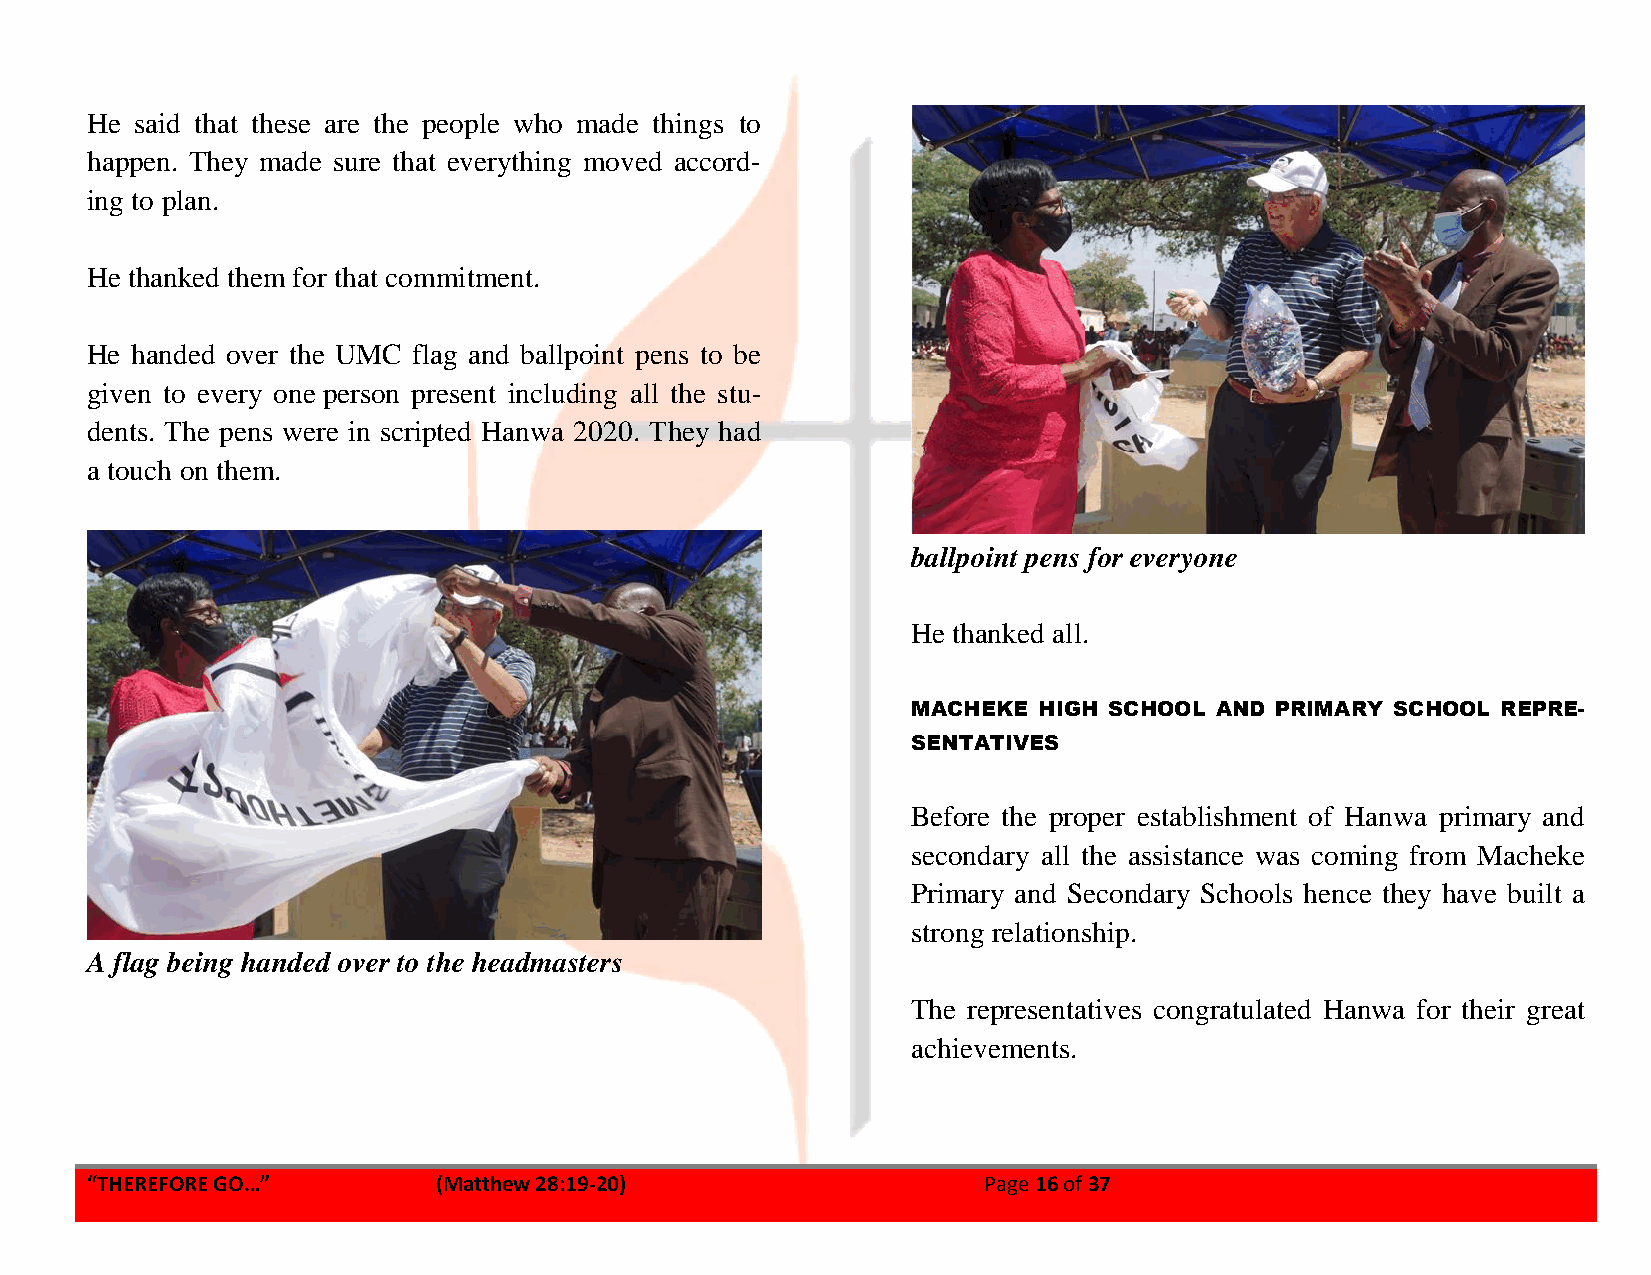
He said that these are the people who made things to
 happen. They made sure that everything moved accord-
 ing to plan.
 He thanked them for that commitment.
 He handed over the UMC flag and ballpoint pens to be
 given to every one person present including all the stu-
 dents. The pens were in scripted Hanwa 2020. They had
 a touch on them.
 ballpoint pens for everyone
 He thanked all.
 MACHEKE  HIGH SCHOOL AND PRIMARY SCHOOL REPRE-
 SENTATIVES
 Before the proper establishment of Hanwa primary and
 secondary all the assistance was coming from Macheke
 Primary and Secondary Schools hence they have built a
 strong relationship.
 A flag being handed over to the headmasters
 The representatives congratulated Hanwa for their great
 achievements.
 “THEREFORE GO…”        (Matthew 28:19-20)                  Page 16 of 37